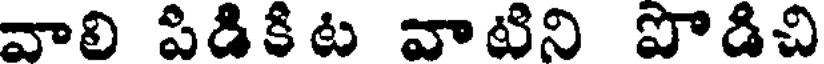
వాలి పిడికిట వాటిని పొడిచి